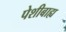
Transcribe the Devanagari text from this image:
पेशीबाह्य